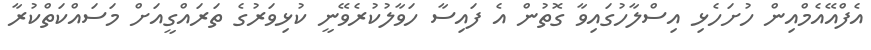
އެފްއޭއެމްއިން ހުށަހެޅި އިސްލާހުގައިވާ ގޮތުން އެ ފައިސާ ހަވާލުކުރެވޭނީ ކުޅިވަރުގެ ތަރައްގީއަށް މަސައްކަތްކުރާ